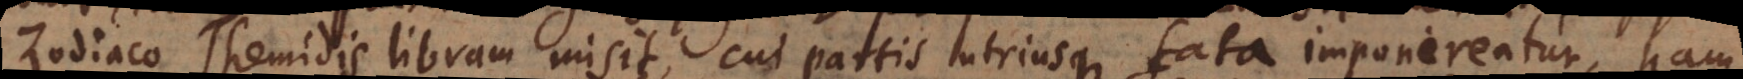
Zodiaco Themidis libram misit, cui partis utriusque fata imponerentur, nam